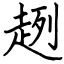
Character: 趔